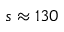
s \approx 1 3 0